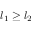
l _ { 1 } \geq l _ { 2 }